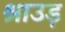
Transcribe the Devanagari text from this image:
श्राउड़